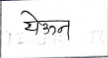
मजकूर: येऊन